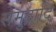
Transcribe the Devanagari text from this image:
समुद्रादि